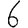
Digit: 6